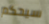
سيحكم